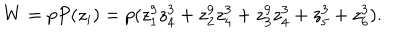
W = p P ( z _ { i } ) = p ( z _ { 1 } ^ { 9 } z _ { 4 } ^ { 3 } + z _ { 2 } ^ { 9 } z _ { 4 } ^ { 3 } + z _ { 3 } ^ { 9 } z _ { 4 } ^ { 3 } + z _ { 5 } ^ { 3 } + z _ { 6 } ^ { 3 } ) .